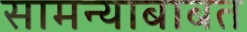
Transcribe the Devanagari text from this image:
सामन्याबाबत